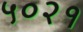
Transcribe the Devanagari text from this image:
५०२१